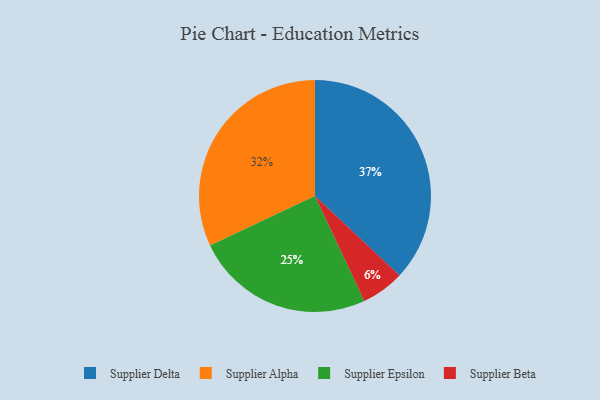
{"axis": {"x": "Category", "y": "Percentage"}, "legend": ["Supplier Alpha", "Supplier Beta", "Supplier Delta", "Supplier Epsilon"], "data": [{"x": "Supplier Epsilon", "y": 25, "type": "Supplier Epsilon"}, {"x": "Supplier Beta", "y": 6, "type": "Supplier Beta"}, {"x": "Supplier Delta", "y": 37, "type": "Supplier Delta"}, {"x": "Supplier Alpha", "y": 32, "type": "Supplier Alpha"}]}